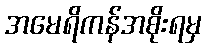
အမေရိကန်အစိုးရမှ